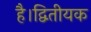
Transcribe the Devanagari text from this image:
है।द्वितीयक